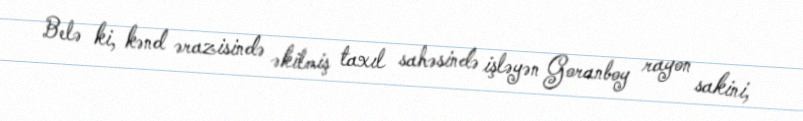
Belə ki, kənd ərazisində əkilmiş taxıl sahəsində işləyən Goranboy rayon sakini,